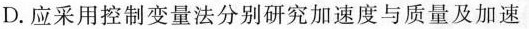
D.应采用控制变量法分别研究加速度与质量及加速